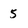
Character: 5